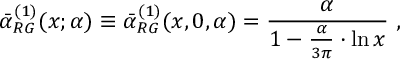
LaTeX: \bar { \alpha } _ { R G } ^ { ( 1 ) } ( x ; \alpha ) \equiv \bar { \alpha } _ { R G } ^ { ( 1 ) } ( x , 0 , \alpha ) = \frac { \alpha } { 1 - \frac { \alpha } { 3 \pi } \cdot \ln x } \, \, ,